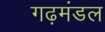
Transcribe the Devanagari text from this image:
गढ़मंडल